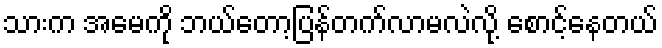
သားက အမေကို ဘယ်တော့ပြန်တက်လာမလဲလို့ စောင့်နေတယ်